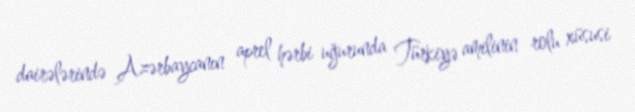
dairələrində Azərbaycanın aprel hərbi uğurunda Türkiyə amilinin rolu xüsusi